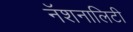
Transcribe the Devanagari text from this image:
नॅशनालिटी